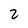
Character: 2